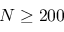
N \geq 2 0 0